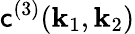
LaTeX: {\mathsf{c}}^{(3)}(\mathbf{{k}}_{1},\mathbf{{k}}_{2})